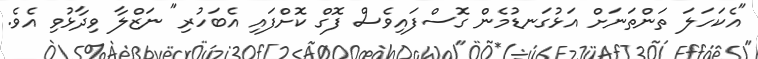
"އެކަހަލަ ތަންތަނަށް އަޅުގަނޑުމެން ގޮސްފައިވެސް ފޮގް ކޮށްފައި އެބަހުރި" ނަޒްލާ ވިދާޅުވި އެވެ.